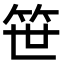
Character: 笹